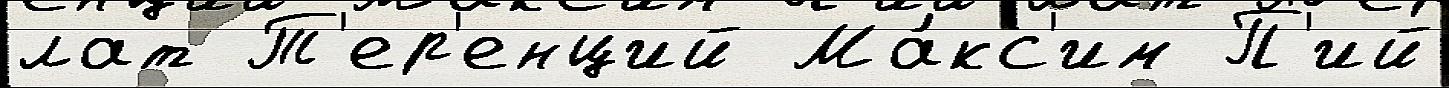
лат Т'ер'енций Ма́кс'им П'ий